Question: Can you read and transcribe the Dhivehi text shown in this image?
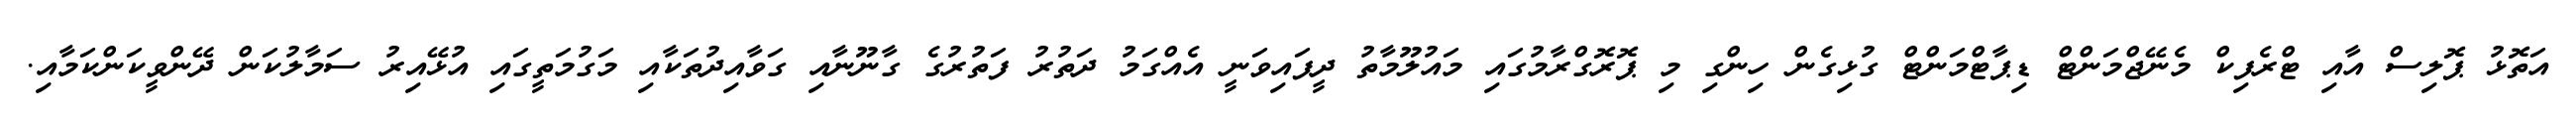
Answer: އަތޮޅު ޕޮލިސް އާއި ޓްރެފިކް މެނޭޖްމަންޓް ޑިޕާޓްމަންޓް ގުޅިގެން ހިންގި މި ޕޮރޮގްރާމުގައި މައުލޫމާތު ދީފައިވަނީ އެއްގަމު ދަތުރު ފަތުރުގެ ގާނޫނާއި ގަވާއިދުތަކާއި މަގުމަތީގައި އުޅޭއިރު ސަމާލުކަން ދޭންވީކަންކަމާއި.